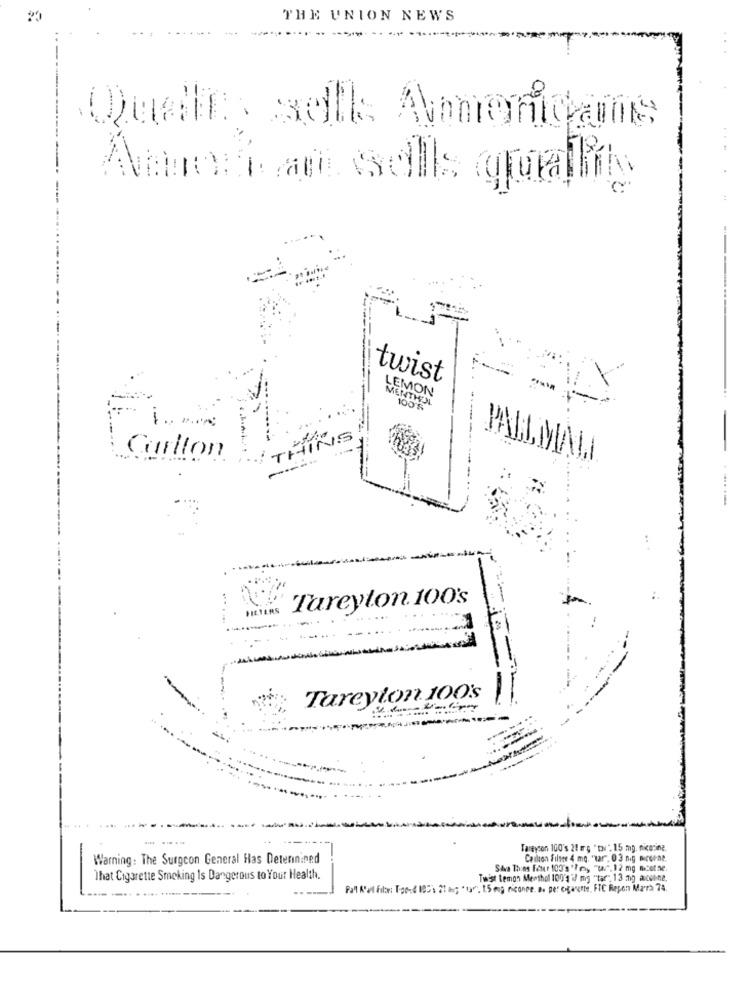
THE UNION NEWS
Quelles sells Americans
Amori am sells qualha
twist
LEMON
MENTHOL
100'S
Carlton
PALLMALL
----
...
Tareyton 100's
Tareyton 100's
Tareyson 100's 21 mg " tov" 15 mg. niceting
Warning: The Surgeon General Has Determined
Carlton Filter 4 mo. "var", 0 3 nig mirerae.
Siva Thies Four 100's "Les
"w". 12 mg mcet se.
That Cigarette Smoking Is Dangerous to Your Health.
Twist temon Menthol 100% if mg "tar
mg "tar: 13 mg aceine,
Pall A'et Filter: Tood 105'. 21 a; "tar", 1.5 mog riconee. a. per oofarerne, FTC Repon Mars 74.